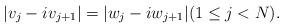
LaTeX: \begin{align*}|v_j-i v_{j+1}| = |w_j-i w_{j+1}| (1\leq j<N).\end{align*}